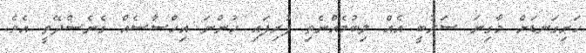
ހަށިގަނޑަށް މާގިނަ ސަރުބީ އެއް ލިބުމެއްނެތި ފުރިފައި ހުންނަ އިހްސާސެއް ގެނެސްދޭތީ އެވެ.